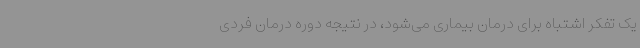
یک تفکر اشتباه برای درمان بیماری می‌شود، در نتیجه دوره درمان فردی